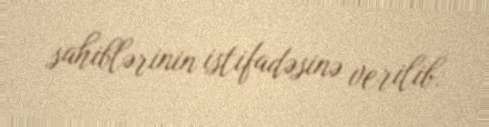
sahiblərinin istifadəsinə verilib.